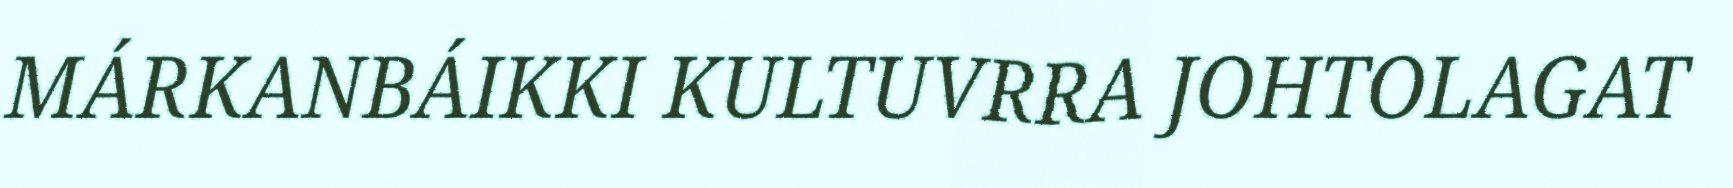
MÁRKANBÁIKKI KULTUVRRA JOHTOLAGAT